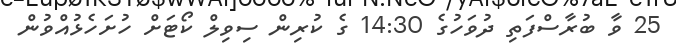
25 ވާ ބުރާސްފަތި ދުވަހުގެ 14:30 ގެ ކުރިން ސިވިލް ކޯޓަށް ހުށަހެޅުއްވުން